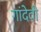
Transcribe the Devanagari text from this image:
गांदेवी